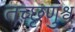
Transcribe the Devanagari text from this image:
तच्छृणुश्व